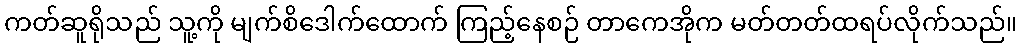
ကတ်ဆူရိုသည် သူ့ကို မျက်စိဒေါက်ထောက် ကြည့်နေစဉ် တာကေအိုက မတ်တတ်ထရပ်လိုက်သည်။